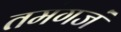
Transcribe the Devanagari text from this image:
तमंगजं